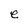
Character: e